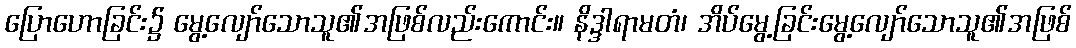
ပြောဟောခြင်း၌ မွေ့လျော်သောသူ၏အဖြစ်လည်းကောင်း။ နိဒ္ဒါရာမတံ၊ အိပ်မွေ့ခြင်းမွေ့လျော်သောသူ၏အဖြစ်